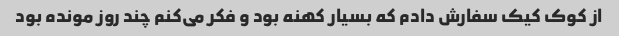
از کوک کیک سفارش دادم که بسیار کهنه بود و فکر می‌کنم چند روز مونده بود